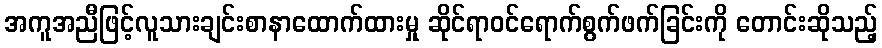
အကူအညီဖြင့်လူသားချင်းစာနာထောက်ထားမှု ဆိုင်ရာဝင်ရောက်စွက်ဖက်ခြင်းကို တောင်းဆိုသည့်